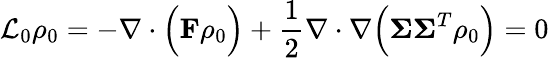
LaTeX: \mathcal{L}_{0}\rho_{0}=-\nabla\cdot\Big(\mathbf{F}\rho_{0}\Big)+\frac{1}{2}\nabla\cdot\nabla\Big(\boldsymbol{\Sigma}\boldsymbol{\Sigma}^{T}\rho_{0}\Big)=0